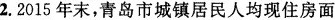
2.2015年末，青岛市城镇居民人均现住房面